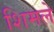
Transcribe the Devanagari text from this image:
शिमले